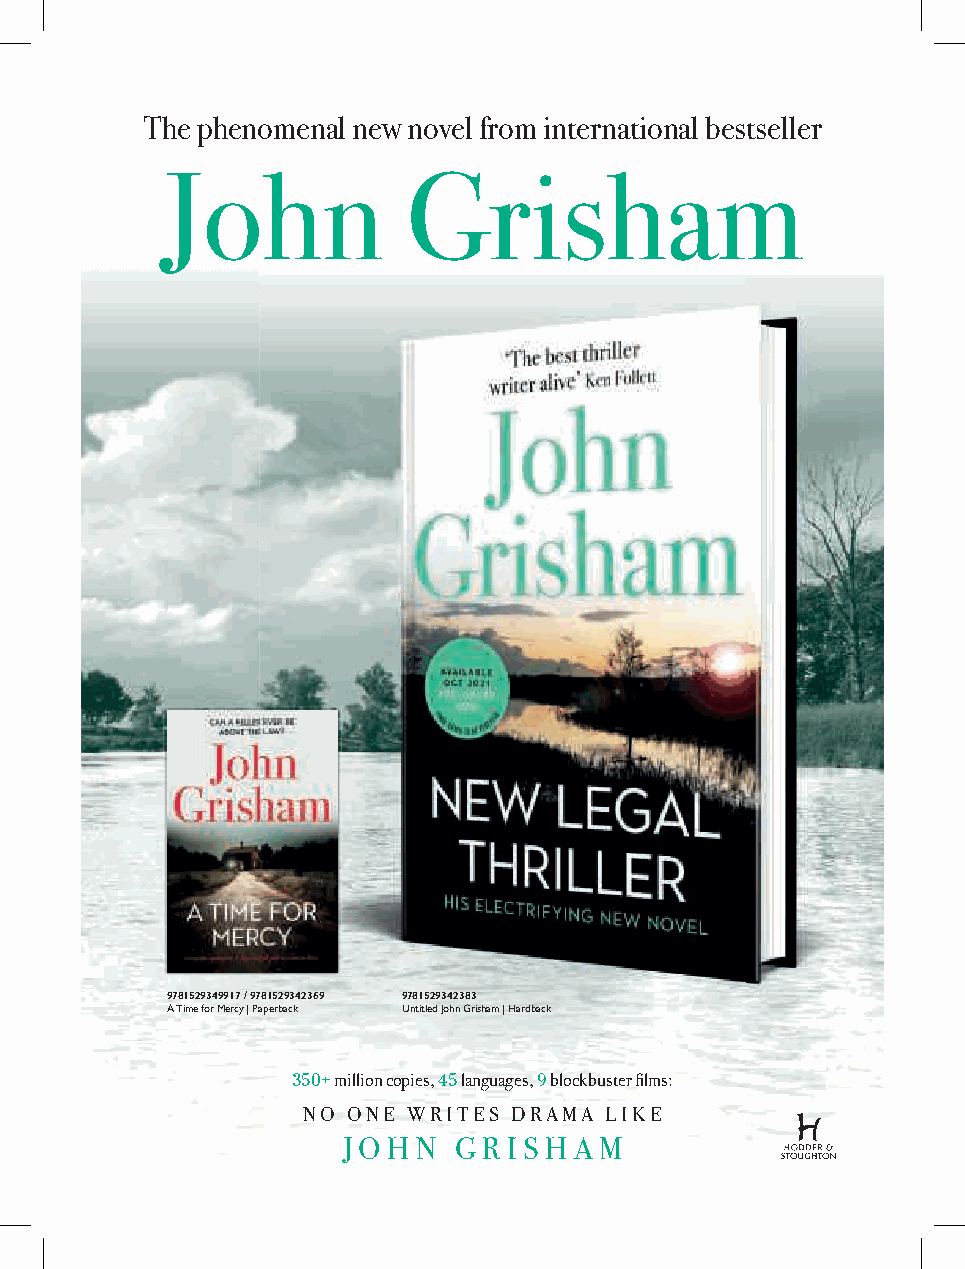
The phenomenal new novel from international bestseller
 John            Grisham
 9781529349917 / 9781529342369 9781529342383
 A Time for Mercy | Paperback Untitled John Grisham | Hardback
 350+ million copies, 45 languages, 9 blockbuster films:
 NO ONE WRITES DRAMA LIKE
 J O H N G R I S H A M
 GGrriisshhaamm IInntt--AAdd AAuuttuummnn 22002211 AA55..iinndddd 11 1122//0044//22002211 1166::0088